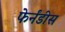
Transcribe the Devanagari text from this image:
फेर्नंडीस